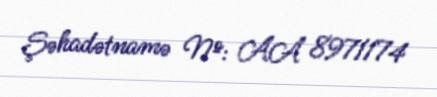
Şəhadətnamə №: AA 8971174